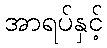
အာရပ်နှင့်